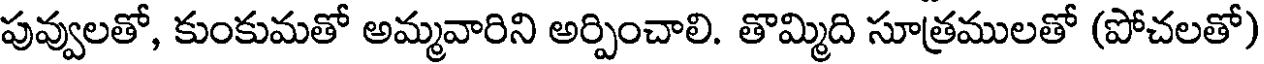
పువ్వులతో, కుంకుమతో అమ్మవారిని అర్పించాలి. తొమ్మిది సూత్రములతో (పోచలతో)